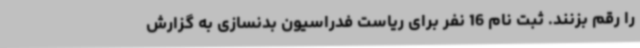
را رقم بزنند. ثبت نام 16 نفر برای ریاست فدراسیون بدنسازی به گزارش